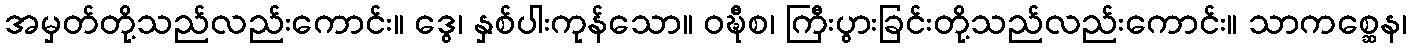
အမှတ်တို့သည်လည်းကောင်း။ ဒွေ၊ နှစ်ပါးကုန်သော။ ဝဍ္ဎီစ၊ ကြီးပွားခြင်းတို့သည်လည်းကောင်း။ သာကစ္ဆေန၊